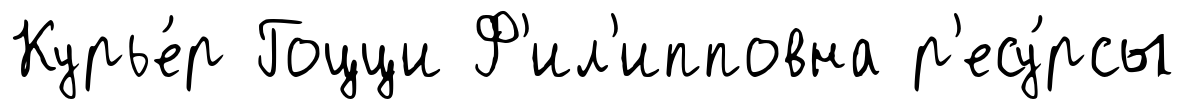
Курье́р Гоцци Ф'ил'ипповна р'есу́рсы